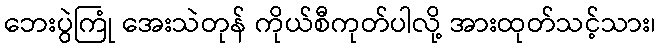
ဘေးပွဲကြုံ အေးသဲတုန် ကိုယ်စီကုတ်ပါလို့ အားထုတ်သင့်သား၊